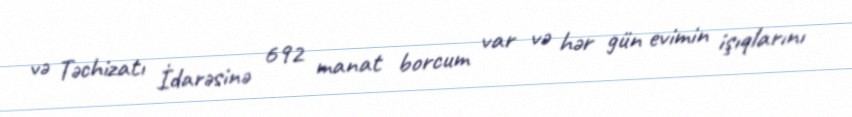
və Təchizatı İdarəsinə 692 manat borcum var və hər gün evimin işıqlarını